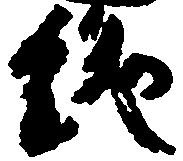
絶